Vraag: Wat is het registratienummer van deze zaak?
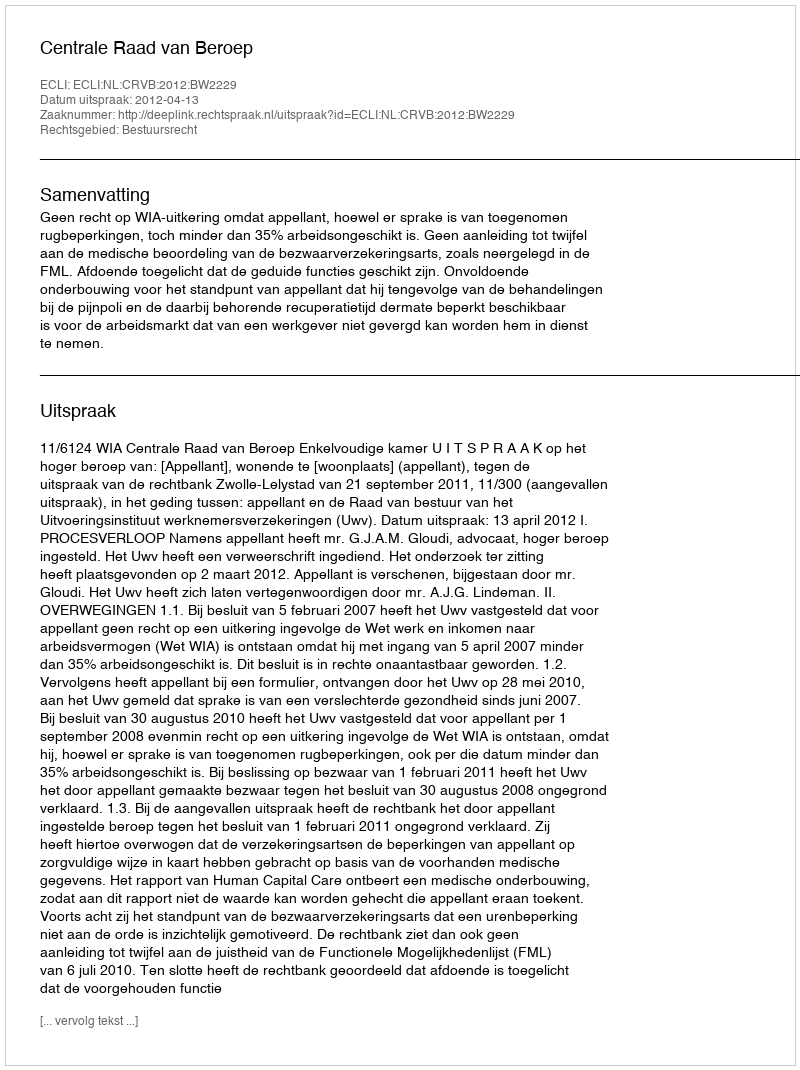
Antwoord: http://deeplink.rechtspraak.nl/uitspraak?id=ECLI:NL:CRVB:2012:BW2229